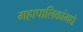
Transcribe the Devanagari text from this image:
महापालिकांमधे